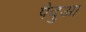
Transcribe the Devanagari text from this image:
पैदुआ